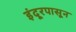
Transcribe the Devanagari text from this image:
इंदूरपासून